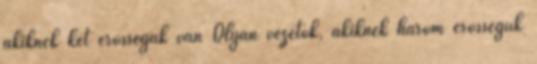
akiknek két erősségük van Olyan vezetők, akiknek három erősségük